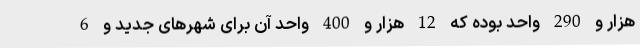
هزار و 290 واحد بوده که 12 هزار و 400 واحد آن برای شهرهای جدید و 6